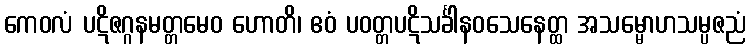
ကေဝလံ ပဋိဇဂ္ဂနမတ္တမေဝ ဟောတိ၊ ဧဝံ ပဝတ္တပဋိသင်္ခါနဝသေနေတ္ထ အသမ္မောဟသမ္ပဇညံ